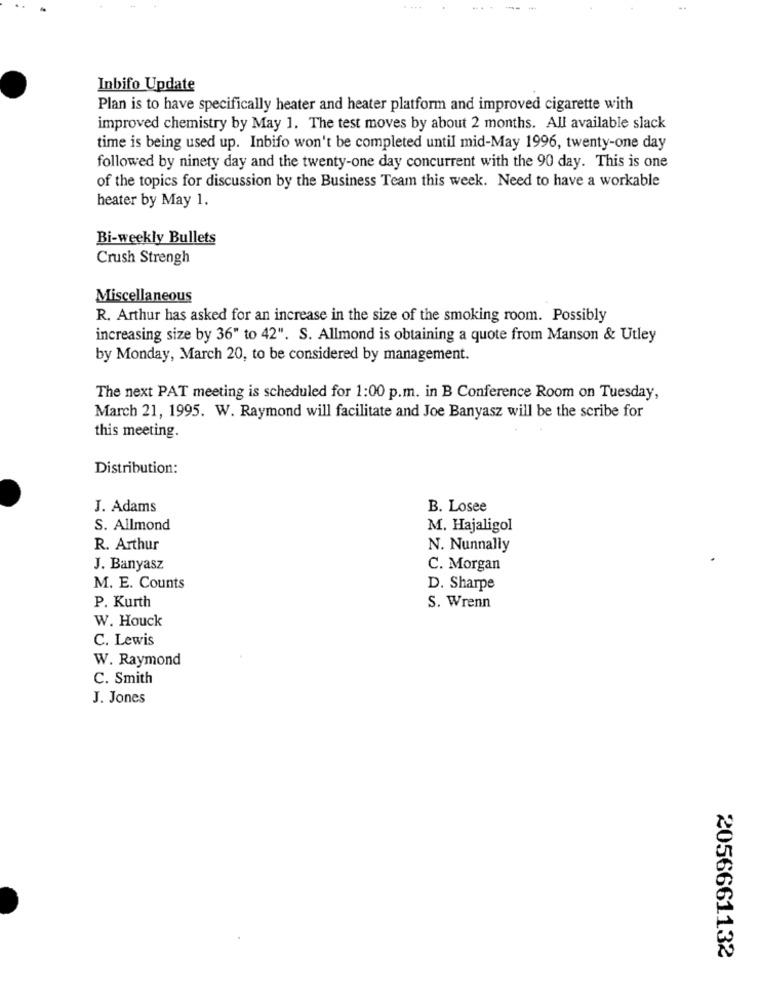
Inbifo Update
Plan is to have specifically heater and heater platform and improved cigarette with
improved chemistry by May 1. The test moves by about 2 months. All available slack
time is being used up. Inbifo won't be completed until mid-May 1996, twenty-one day
followed by ninety day and the twenty-one day concurrent with the 90 day. This is one
of the topics for discussion by the Business Team this week. Need to have a workable
heater by May 1.
Bi-weekly Bullets
Crush Strengh
Miscellaneous
R. Arthur has asked for an increase in the size of the smoking room. Possibly
increasing size by 36" to 42". S. Allmond is obtaining a quote from Manson & Utley
by Monday, March 20, to be considered by management.
The next PAT meeting is scheduled for 1:00 p.m. in B Conference Room on Tuesday,
March 21, 1995. W. Raymond will facilitate and Joe Banyasz will be the scribe for
this meeting.
Distribution:
J. Adams
B. Losee
S. Allmond
M. Hajaligol
R. Arthur
N. Nunnally
J. Banyasz
C. Morgan
M. E. Counts
D. Sharpe
S. Wrenn
P. Kurth
W. Houck
C. Lewis
W. Raymond
C. Smith
J. Jones
2056661132